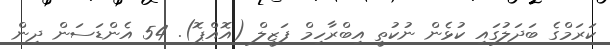
ކަރަމްގެ ބަދަލުގައި ކުޅެން ނުކުތީ އިބްރާހިމް ފަޒީލް (އޮއްޕޮ). 54 އެންޑަސަން ދިން